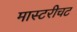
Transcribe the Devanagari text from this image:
मास्टरीचट